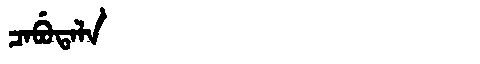
Manchu: ᠴᠠᠪᡠᡨᠠᠯᠠ
Romanization: CABUTALA